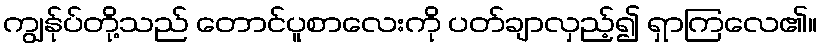
ကျွန်ုပ်တို့သည် တောင်ပူစာလေးကို ပတ်ချာလှည့်၍ ရှာကြလေ၏။